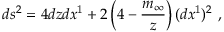
d s ^ { 2 } = 4 d z d x ^ { 1 } + 2 \left( 4 - \frac { m _ { \infty } } { z } \right) ( d x ^ { 1 } ) ^ { 2 } \ ,